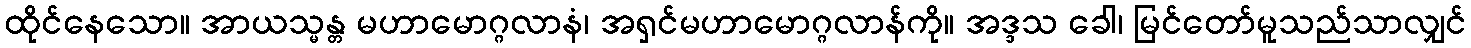
ထိုင်နေသော။ အာယသ္မန္တ မဟာမောဂ္ဂလာနံ၊ အရှင်မဟာမောဂ္ဂလာန်ကို။ အဒ္ဒသ ခေါ၊ မြင်တော်မူသည်သာလျှင်